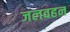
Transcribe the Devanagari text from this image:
जलवहन